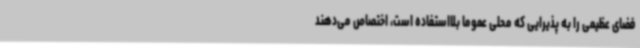
فضای عظیمی را به پذیرایی که محلی عموماً بلااستفاده است، اختصاص می‌دهند